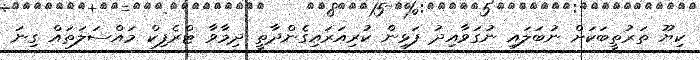
ކިޔޫ ތަރުތީބަކަށް ނުބަލައި ނުގަވާއިދު ފަޅިން ކުރިއަރައިގެންދާތީ ދިމާވާ ޓްރެފިކް މައްސަލަތައް ގިނަ